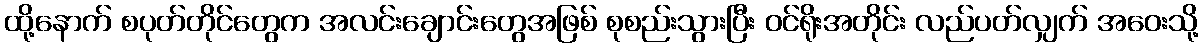
ထို့နောက် စပုတ်တိုင်တွေက အလင်းချောင်းတွေအဖြစ် စုစည်းသွားပြီး ဝင်ရိုးအတိုင်း လည်ပတ်လျှက် အဝေးသို့